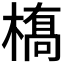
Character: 𫞎